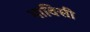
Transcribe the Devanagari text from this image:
भाविसी